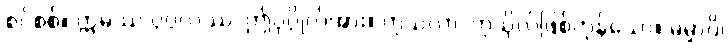
စင်စစ်။ ဣမဿ ပုဂ္ဂလဿ၊ ဤပုဂ္ဂိုလ်အား။ ကုသလာ၊ ကုသိုလ်ဖြစ်ကုန်သော။ ဓမ္မာပိ၊